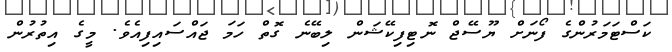
ކަސްޓަމަރުންގެ ފޯނަށް ޔޫސޭޖް ނޮޓިފިކޭޝަން ލިބޭނެ ގޮތް ހަމަ ޖައްސައިފިއެވެ. މީގެ އިތުރުން